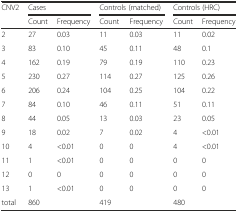
| CNV2 | <COLSPAN=2> Cases | <COLSPAN=2> Controls (matched) | <COLSPAN=2> Controls (HRC) |
 |  | Count | Frequency | Count | Frequency | Count | Frequency |
 | --- | --- | --- | --- | --- | --- | --- |
 | 2 | 27 | 0.03 | 11 | 0.03 | 11 | 0.02 |
 | 3 | 83 | 0.10 | 45 | 0.11 | 48 | 0.1 |
 | 4 | 162 | 0.19 | 79 | 0.19 | 110 | 0.23 |
 | 5 | 230 | 0.27 | 114 | 0.27 | 125 | 0.26 |
 | 6 | 206 | 0.24 | 104 | 0.25 | 104 | 0.22 |
 | 7 | 84 | 0.10 | 46 | 0.11 | 51 | 0.11 |
 | 8 | 44 | 0.05 | 13 | 0.03 | 23 | 0.05 |
 | 9 | 18 | 0.02 | 7 | 0.02 | 4 | <0.01 |
 | 10 | 4 | <0.01 | 0 | 0 | 4 | <0.01 |
 | 11 | 1 | <0.01 | 0 | 0 | 0 | 0 |
 | 12 | 0 | 0 | 0 | 0 | 0 | 0 |
 | 13 | 1 | <0.01 | 0 | 0 | 0 | 0 |
 | total | 860 |  | 419 |  | 480 |  |